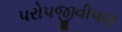
પરોપજીવીપણ